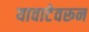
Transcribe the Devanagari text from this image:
यावाटेवरून